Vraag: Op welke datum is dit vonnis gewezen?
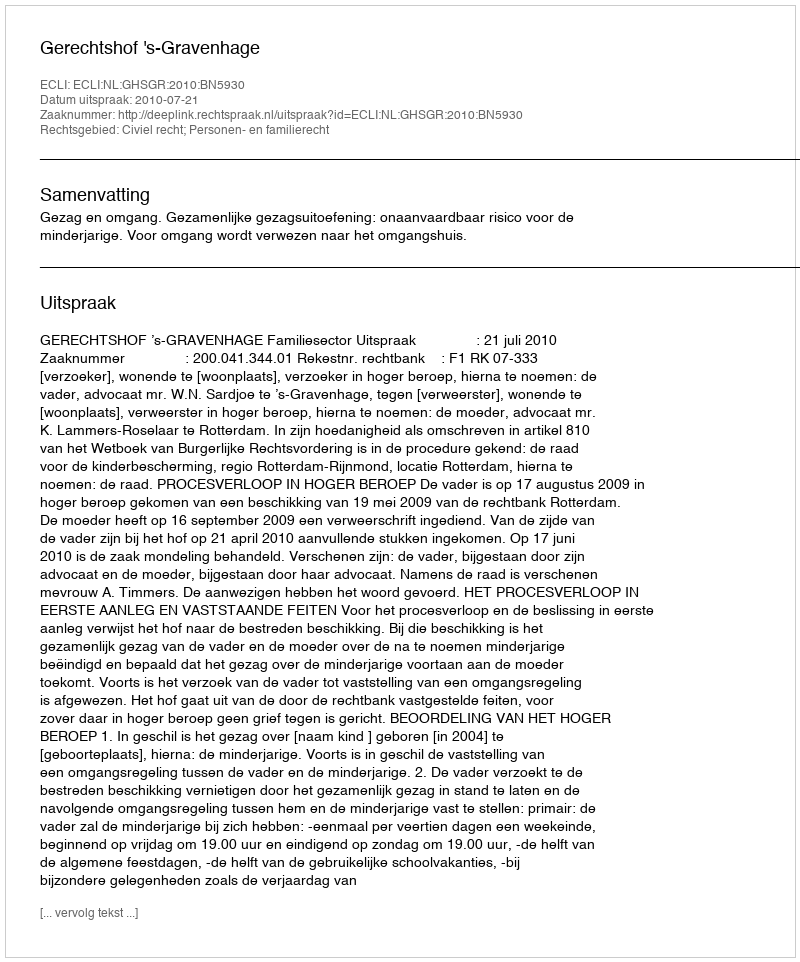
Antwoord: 2010-07-21